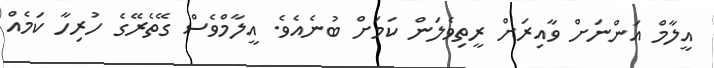
އީލާމް އަންނަށް ވާއިރަށް ރީތިވެލަން ކަމަށް ބުނެއެވެ. އީލާމްވެސް ގޭތެރޭގެ ހުރިހާ ކަމެއް